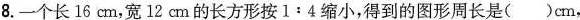
8.一个长16cm，宽12cm的长方形按$$1 : 4$$缩小，得到的图形周长是( )cm，